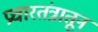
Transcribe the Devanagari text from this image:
प्रचारतंत्रातून